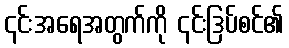
၎င်းအရေအတွက်ကို ၎င်းဒြပ်စင်၏